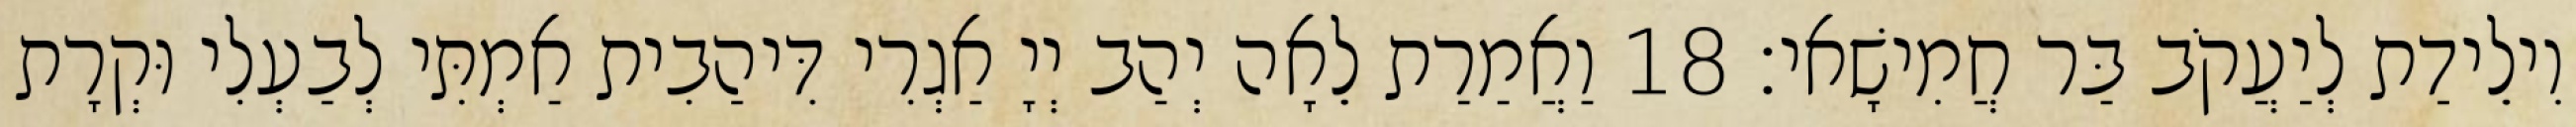
וִילֵידַת לְיַעֲקֹב בַּר חֲמִישָׁאי׃ 18 וַאֲמַרַת לֵאָה יְהַב יְיָ אַגְרִי דִּיהַבִית אַמְתִּי לְבַעְלִי וּקְרָת